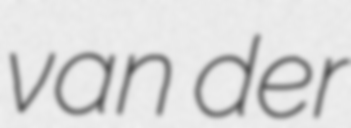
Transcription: van der